Scottish Certificate of Education, 1963
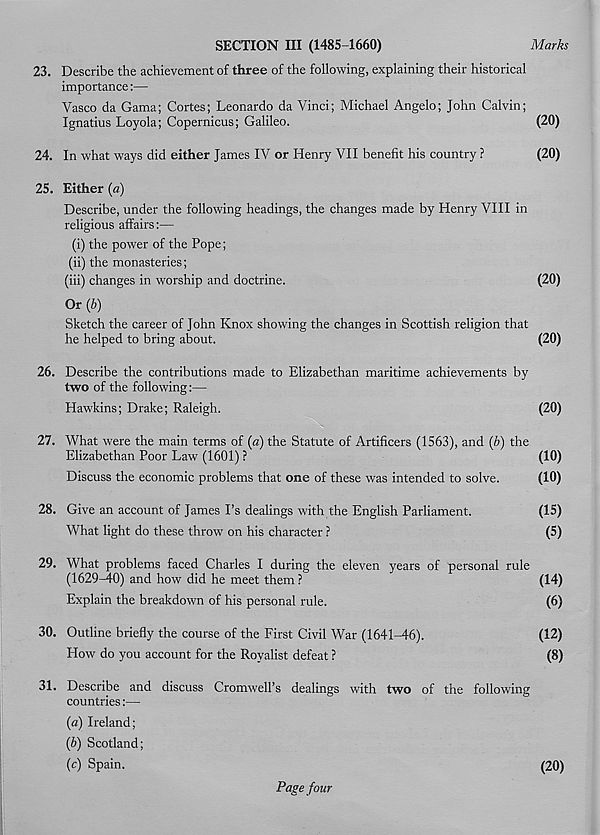
SECTION III (1485-1660)
Marks
23. Describe the achievement of three of the following, explaining their historical
importance:—
Vasco da Gama; Cortes; Leonardo da Vinci; Michael Angelo; John Calvin;
Ignatius Loyola; Copernicus; Galileo.
(20)
24. In what ways did either James IV or Henry VII benefit his country ?
(20)
25. Either (a)
Describe, under the following headings, the changes made by Henry VIII in
religious affairs:—
(i) the power of the Pope;
(ii) the monasteries;
(iii) changes in worship and doctrine.
(20)
Or(i)
Sketch the career of John Knox showing the changes in Scottish religion that
he helped to bring about.
(20)
26. Describe the contributions made to Elizabethan maritime achievements by
two of the following:—
Hawkins; Drake; Raleigh.
(20)
27. What were the main terms of (a) the Statute of Artificers (1563), and {b) the
Elizabethan Poor Law (1601) ?
(10)
Discuss the economic problems that one of these was intended to solve.
(10)
28. Give an account of James Fs dealings with the English Parliament.
(15)
What light do these throw on his character ?
(5)
29. What problems faced Charles I during the eleven years of personal rule
(1629-40) and how did he meet them ?
(14)
Explain the breakdown of his personal rule.
(6)
30. Outline briefly the course of the First Civil War (1641-46).
(12)
How do you account for the Royalist defeat ?
(8)
31. Describe am
countries:—
{a) Ireland;
(b) Scotland;
(c) Spain.
Page four
(20)